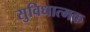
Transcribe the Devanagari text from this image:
सुविधात्मक